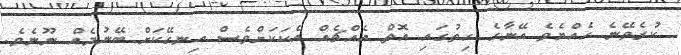
ކުރެވޭނެ ހެއްޔެވެ އޭނާގެ ހިތުގައި އޮތް އެއްޗެއް އެކަކަށްވެސް އިނގޭކަށް ބޭނުމެއް ނޫނެވެ.